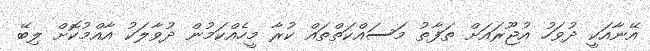
އޭނާއަކީ ދުވަހު އުޖޫރައަށް ތަފާތު މަސައްކަތްތައް ކުރާ މީހެއްކަމުން ދުވާލަކު އާއްމުކޮށް ލިބޭ